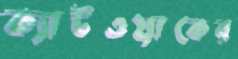
ক্যাটওয়াকের